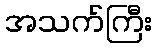
အသက်ကြီး